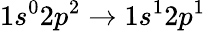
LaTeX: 1s^{0}2p^{2}\rightarrow 1s^{1}2p^{1}